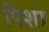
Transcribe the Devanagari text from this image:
पिशा